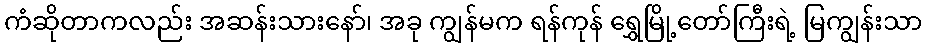
ကံဆိုတာကလည်း အဆန်းသားနော်၊ အခု ကျွန်မက ရန်ကုန် ရွှေမြို့တော်ကြီးရဲ့ မြကျွန်းသာ